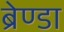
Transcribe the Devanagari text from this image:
ब्रेण्डा